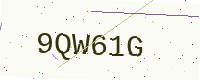
Text: 9QW61G